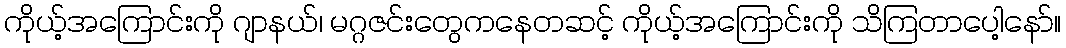
ကိုယ့်အကြောင်းကို ဂျာနယ်၊ မဂ္ဂဇင်းတွေကနေတဆင့် ကိုယ့်အကြောင်းကို သိကြတာပေါ့နော်။